Report of the veterinary officer investigating camel disease
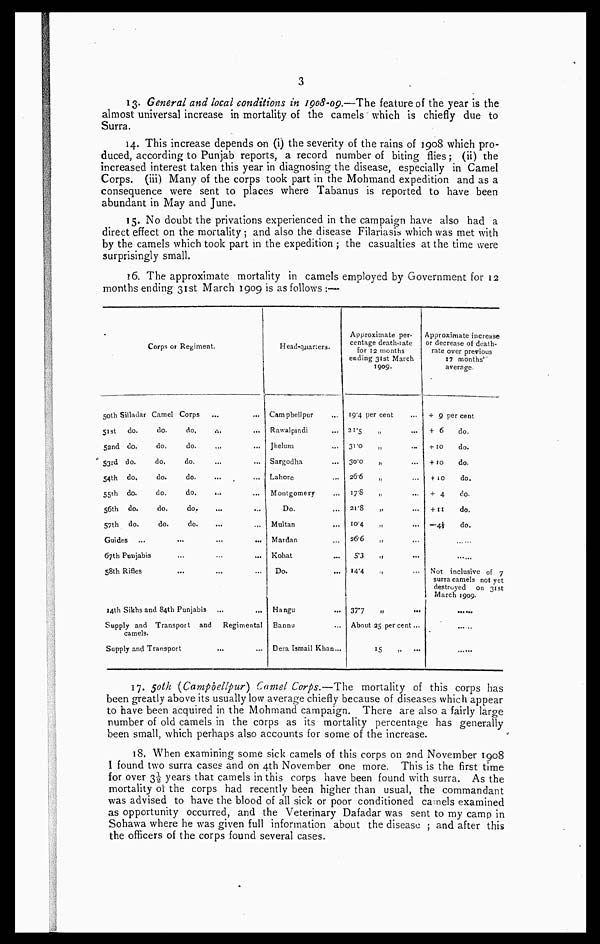
3
13. General and local conditions in 1908-09.—The feature of the year is the
almost universal increase in mortality of the camels' which is chiefly due to
Surra.
14. This increase depends on (i) the severity of the rains of 1908 which pro-
duced, according to Punjab reports, a record number of biting flies; (ii) the
increased interest taken this year in diagnosing the disease, especially in Camel
Corps, (iii) Many of the corps took part in the Mohmand expedition and as a
consequence were sent to places where Tabanus is reported to have been
abundant in May and June.
15. No doubt the privations experienced in the campaign have also had a
direct effect on the mortality ; and also the disease Filariasis which was met with
by the camels which took part in the expedition ; the casualties at the time were
surprisingly small.
16. The approximate mortality in camels employed by Government for 12
months ending 31st March 1909 is as follows :—
Corps or Regiment.
50th Silladar Camel Corps
51st do.
do.
do.
52nd do.
do.
do.
53rd do.
do.
do.
...
54th do.
do.
do.
55th do.
do.
do.
...
56th do.
do.
do.
57th do.
do.
do.
Guides ...
...
...
...
67th Punjabis
58th Rifles
14th Sikhs and 84th Punjabis
Supply and Transport and
Regimental
camels.
Supply and Transport
Head-quarters.
Campbellpur
Rawalpindi
Jhelum
Sargodha
Lahore
Montgomery
Do.
Multan
Mardan
Kohat
Do.
Hangu
Bannu
Dera Ismail Khan-
Approximate per-
centage death-rate
for 12 months
ending 31st March
1909.
19.4 per cent
21.5
31.0
30.0
„
26.6
17.8
„
21.8
10.4
36.6
5.3
14.4
37.7
„
About 25 per cent...
15
„
...
Approximate increase
or decrease of death-
rate over previous
17 months
average.
+ 9 per cent
+ 6
do.
+ 10 do.
+10
do.
+ 10
do.
+ 4
do.
+ 11 do.
—4½ do.
......
......
Not inclusive of 7
surra camels not yet
destroyed on 31st
March 1909.
17. 50 th (Campbellpur) Camel Corps.—The mortality of this corps has
been greatly above its usually low average chiefly because of diseases which appear
to have been acquired in the Mohmand campaign. There are also a fairly large
number of old camels in the corps as its mortality percentage has generally
been small, which perhaps also accounts for some of the increase.
18. When examining some sick camels of this corps on 2nd November 1908
I found two surra cases and on 4th November one more. This is the first time
for over 3½ years that camels in this corps have been found with surra. As the
mortality of the corps had recently been higher than usual, the commandant
was advised to have the blood of all sick or poor conditioned camels examined
as opportunity occurred, and the Veterinary Dafadar was sent to my camp in
Sohawa where he was given full information about the disease ; and after this
the officers of the corps found several cases.